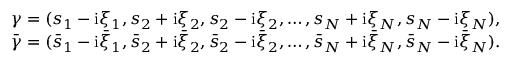
\begin{array} { r } { \gamma = ( s _ { 1 } - \mathrm { i } \xi _ { 1 } , s _ { 2 } + \mathrm { i } \xi _ { 2 } , s _ { 2 } - \mathrm { i } \xi _ { 2 } , \dots , s _ { N } + \mathrm { i } \xi _ { N } , s _ { N } - \mathrm { i } \xi _ { N } ) , } \\ { \bar { \gamma } = ( \bar { s } _ { 1 } - \mathrm { i } \bar { \xi } _ { 1 } , \bar { s } _ { 2 } + \mathrm { i } \bar { \xi } _ { 2 } , \bar { s } _ { 2 } - \mathrm { i } \bar { \xi } _ { 2 } , \dots , \bar { s } _ { N } + \mathrm { i } \bar { \xi } _ { N } , \bar { s } _ { N } - \mathrm { i } \bar { \xi } _ { N } ) . } \end{array}